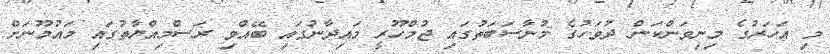
މި އަހަރުގެ މިނިވަންކަން ދުވަހުގެ މުނާސަބަތުގައި ޖުމްހޫރީ މައިދާނުގައި ބޭއްވި ރަސްމިއްޔާތުގައި މައުމޫނަށް